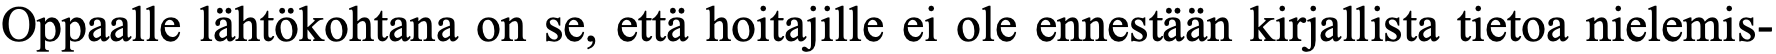
Oppaalle lähtökohtana on se, että hoitajille ei ole ennestään kirjallista tietoa nielemis-